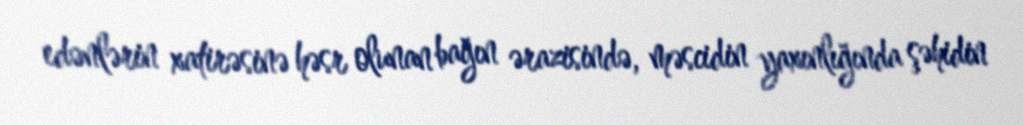
edənlərin xatirəsinə həsr olunan bağın ərazisində, məscidin yaxınlığında şəhidin